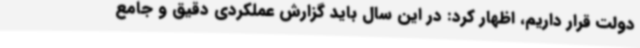
دولت قرار داریم، اظهار کرد: در این سال باید گزارش عملکردی دقیق و جامع